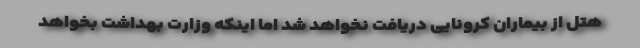
هتل از بیماران کرونایی دریافت نخواهد شد اما اینکه وزارت بهداشت بخواهد